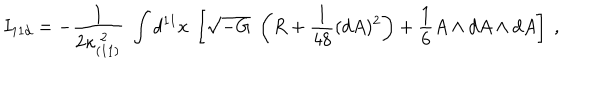
LaTeX: I _ { 1 1 d } = - { \frac { 1 } { 2 \kappa _ { ( 1 1 ) } ^ { \ 2 } } } \; \int d ^ { 1 1 } x \ \left[ \sqrt { - G } \; \left( R + { \frac { 1 } { 4 8 } } ( d A ) ^ { 2 } \right) + { \frac { 1 } { 6 } } A \wedge d A \wedge d A \right] \ ,